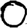
Digit: 0